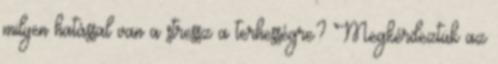
milyen hatással van a stressz a terhességre? Megkérdeztük az